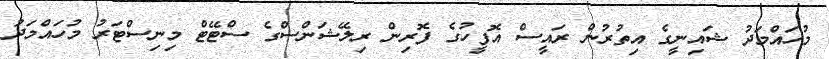
މުހައްމަދު ޝައިނީގެ އިތުރުން ރައީސް އޮފީހުގެ ފޮރިން ރިލޭޝަންސްގެ ސްޓޭޓް މިނިސްޓަރު މުހައްމަދު